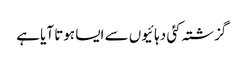
گزشتہ کئی دہائیوں سے ایسا ہوتا آیا ہے